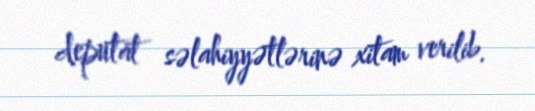
deputat səlahiyyətlərinə xitam verilib.